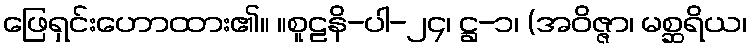
ဖြေရှင်းဟောထား၏။ ။စူဠနိ-ပါ-၂၄၊ ဋ္ဌ-၁၊ (အဝိဇ္ဇာ၊ မစ္ဆရိယ၊